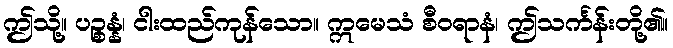
ဤသို့။ ပဉ္စန္နံ၊ ငါးထည်ကုန်သော။ ဣမေသံ စီဝရာနံ၊ ဤသင်္ကန်းတို့၏။